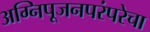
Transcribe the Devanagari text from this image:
अग्निपूजनपरंपरेचा